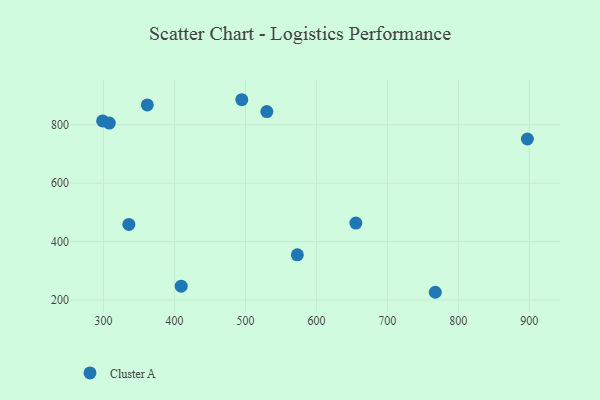
{"axis": {"x": "Experience", "y": "Salary"}, "legend": ["Cluster A"], "data": [{"x": "494.8", "y": 885.7, "type": "Cluster A"}, {"x": "897.4", "y": 751.2, "type": "Cluster A"}, {"x": "361.6", "y": 868.0, "type": "Cluster A"}, {"x": "655.6", "y": 463.3, "type": "Cluster A"}, {"x": "298.6", "y": 813.0, "type": "Cluster A"}, {"x": "308.0", "y": 805.6, "type": "Cluster A"}, {"x": "409.4", "y": 247.2, "type": "Cluster A"}, {"x": "573.1", "y": 354.8, "type": "Cluster A"}, {"x": "335.6", "y": 458.6, "type": "Cluster A"}, {"x": "767.6", "y": 226.4, "type": "Cluster A"}, {"x": "530.1", "y": 845.2, "type": "Cluster A"}]}